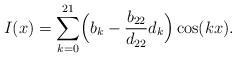
LaTeX: \begin{align*}I(x)= \sum_{k=0}^{21}\Bigl(b_k-\frac{b_{22}}{d_{22}} d_k\Bigr)\cos(kx).\end{align*}